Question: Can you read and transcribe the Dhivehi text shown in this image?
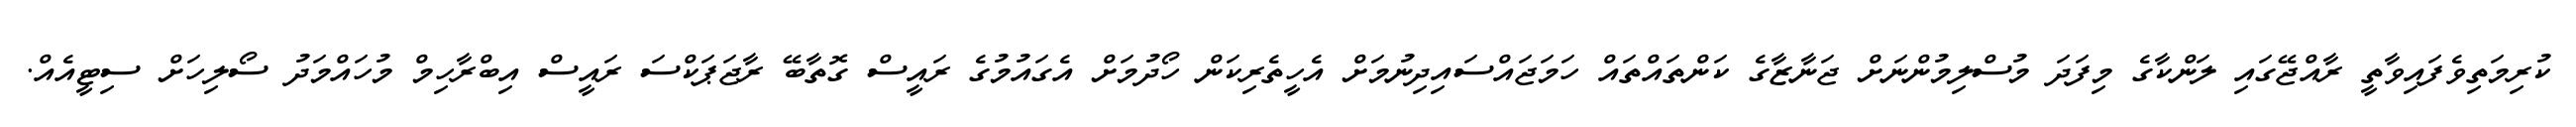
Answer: ކުރިމަތިވެފައިވާތީ ރާއްޖޭގައި ލަންކާގެ މިފަދަ މުސްލިމުންނަށް ޖަނާޒާގެ ކަންތައްތައް ހަމަޖައްސައިދިނުމަށް އެހީތެރިކަން ހޯދުމަށް އެގައުމުގެ ރައީސް ގޮތާބޭ ރާޖަޕަކްސަ ރައީސް އިބްރާހިމް މުހައްމަދު ސޯލިހަށް ސިޓީއެއް.